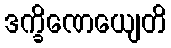
ဒက္ခိဏေယျေတိ